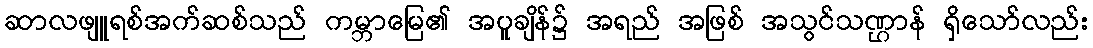
ဆာလဖျူရစ်အက်ဆစ်သည် ကမ္ဘာမြေ၏ အပူချိန်၌ အရည် အဖြစ် အသွင်သဏ္ဌာန် ရှိသော်လည်း